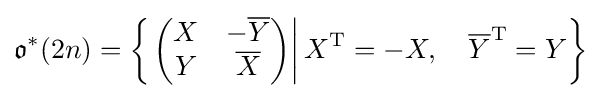
{\mathfrak {o}}^{*}(2n)=\left\{\left.\left({\begin{matrix}X&-{\overline {Y}}\\Y&{\overline {X}}\end{matrix}}\right)\right|X^{\mathrm {T} }=-X,\quad {\overline {Y}}^{\mathrm {T} }=Y\right\}